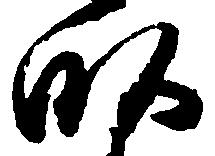
畝